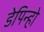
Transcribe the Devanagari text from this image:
डेपिन्हो